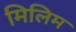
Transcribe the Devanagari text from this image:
मिलिम